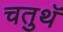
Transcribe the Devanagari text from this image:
चतुथॅ